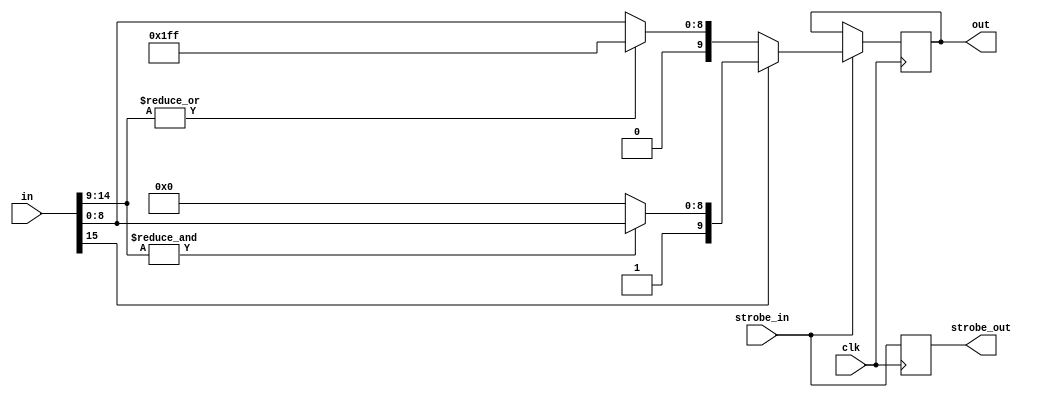
`timescale 1ns / 1ns
module pplimit(clk,in,strobe_in,out,strobe_out);
parameter w_in=16;
parameter w_out=10;
input clk;
input signed [w_in-1:0] in;
input strobe_in;
output signed [w_out-1:0] out;
output strobe_out;

reg signed [w_out-1:0] outreg=0;
reg str_out_reg=0;
always @(posedge clk) begin
	if (strobe_in)
outreg <= in[w_in-1]?((&in[w_in-2:w_out-1])?{1'b1,in[w_out-2:0]}:{1'b1,{(w_out-1){1'b0}}}) :((|in[w_in-2:w_out-1])?{1'b0,{(w_out-1){1'b1}}}:{1'b0,in[w_out-2:0]});
	str_out_reg <= strobe_in;
end
assign out =  outreg;
assign strobe_out=str_out_reg;


endmodule